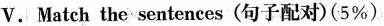
V.Match the sentences(旬子配对)(5%)